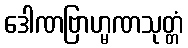
ဒေါဏဗြာဟ္မဏသုတ္တံ